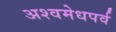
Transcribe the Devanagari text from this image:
अश्वमेधपर्व